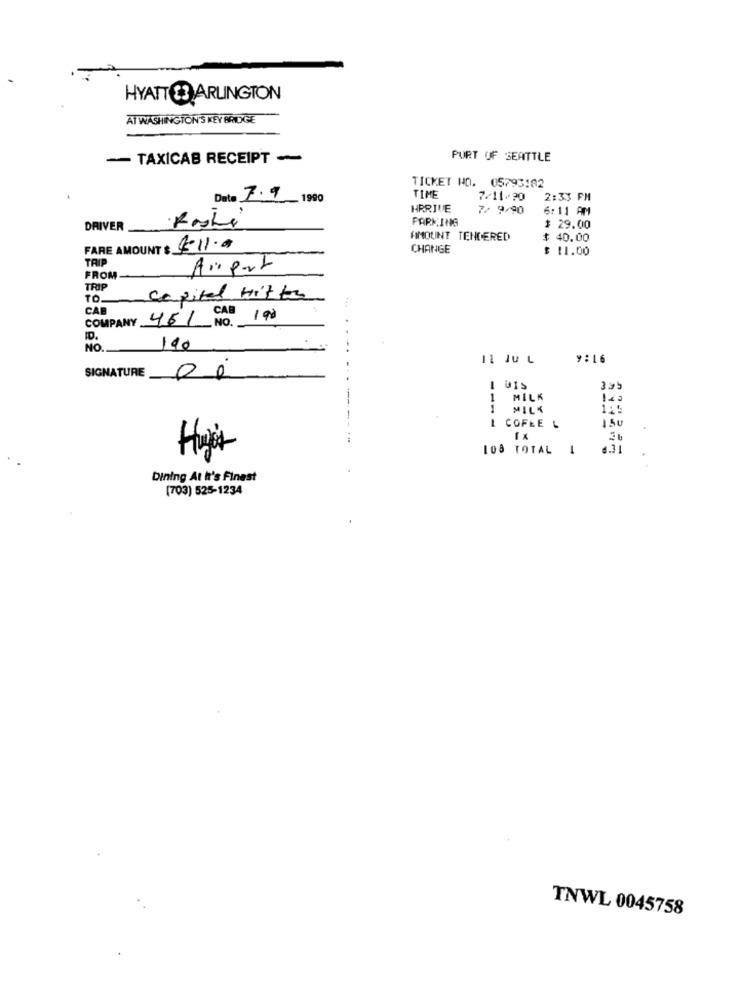
AT WASHINGTON'S KEY BRIDGE
- TAXICAB RECEIPT ~
PURT OF SEATTLE
TICKET HO. 05793:02
Date 7.9 19:00
TIME
7/11/20
2:33 PM
HRRIVE
7/ 9/90
6:11 AM
PARKING
DRIVER
$ 29.00
AMOUNT TENDERED
$ 40.00
FARE AMOUNT : $11.0
CHANGE
$ 11.00
TRIP
Airport
FROM
TRIP
TO.
capital Hitter
CAB
CAB
COMPANY 461
NO.
190
ID.
NO.
190
11 JU L
9:16
SIGNATURE
00
1 GIS
3.95
MILK
1 MILK
L COFEE L
108 TOTAL 1
6.31
Hjor
Dining At I's Finest
(703) 525-1234
TNWL 0045758